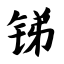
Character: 锑